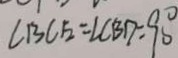
\angle B C E = \angle C B D = 9 0 ^ { \circ }